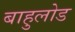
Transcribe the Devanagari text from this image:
बाहुलोड